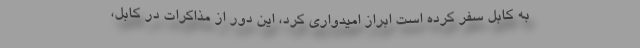
به کابل سفر کرده است ابراز امیدواری کرد، این دور از مذاکرات در کابل،